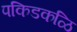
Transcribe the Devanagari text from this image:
पकिडकळि